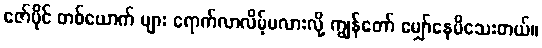
ဇော်ပိုင် တစ်ယောက် များ ရောက်လာလိမ့်မလားလို့ ကျွန်တော် မျှော်နေမိသေးတယ်။